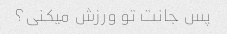
پس جانت تو ورزش میکنی؟